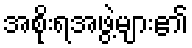
အစိုးရအဖွဲ့များ၏